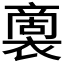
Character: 𮖭